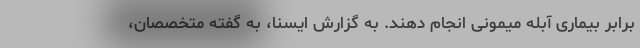
برابر بیماری آبله میمونی انجام دهند. به گزارش ایسنا، به گفته متخصصان،